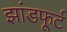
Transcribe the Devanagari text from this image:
झांडफूर्ट